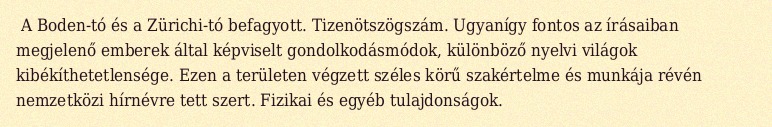
A Boden-tó és a Zürichi-tó befagyott. Tizenötszögszám. Ugyanígy fontos az írásaiban megjelenő emberek által képviselt gondolkodásmódok, különböző nyelvi világok kibékíthetetlensége. Ezen a területen végzett széles körű szakértelme és munkája révén nemzetközi hírnévre tett szert. Fizikai és egyéb tulajdonságok.